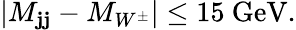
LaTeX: |M_{\mathbf{j}\mathbf{j}}-M_{W^{\pm}}|\le15\ \mathrm{{GeV}}.